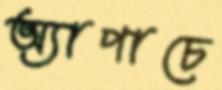
অ্যাপাচে